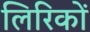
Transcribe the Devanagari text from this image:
लिरिकों